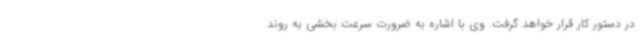
در دستور کار قرار خواهد گرفت. وی با اشاره به ضرورت سرعت بخشی به روند